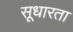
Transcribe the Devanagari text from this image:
सूधारता